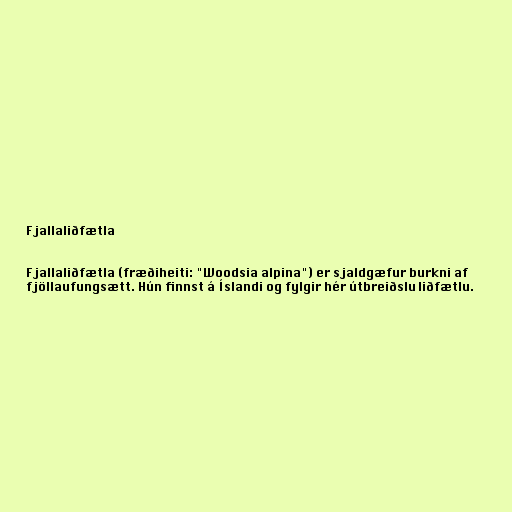
Fjallaliðfætla

Fjallaliðfætla (fræðiheiti: "Woodsia alpina") er sjaldgæfur burkni af
fjöllaufungsætt. Hún finnst á Íslandi og fylgir hér útbreiðslu liðfætlu.